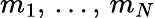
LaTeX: \displaystyle m_{1},\, \ldots,\, m_{N}